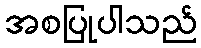
အစပြုပါသည်